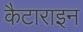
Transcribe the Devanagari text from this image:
कैटाराइन